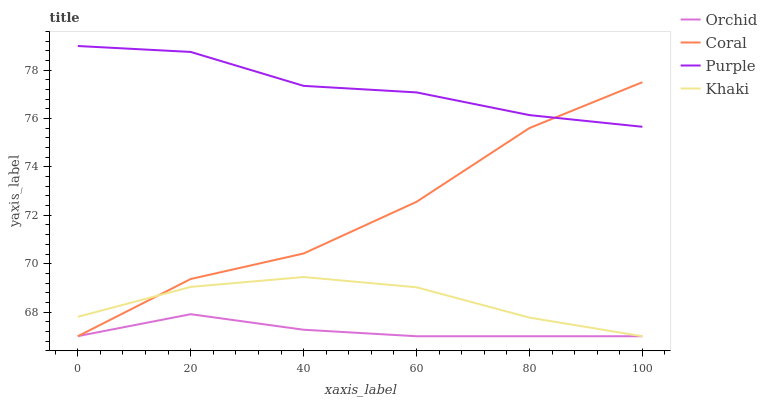
| xaxis_label | Orchid | Coral | Purple | Khaki |
 | --- | --- | --- | --- | --- |
 | 0 | 67 | 67 | 79 | 67.8 |
 | 20 | 67.9 | 69.4 | 78.8 | 69 |
 | 40 | 67.3 | 70.4 | 77.4 | 69.4 |
 | 60 | 67 | 72.6 | 77.1 | 69 |
 | 80 | 67 | 75.6 | 76.1 | 67.8 |
 | 100 | 67 | 77.5 | 75.7 | 67 |